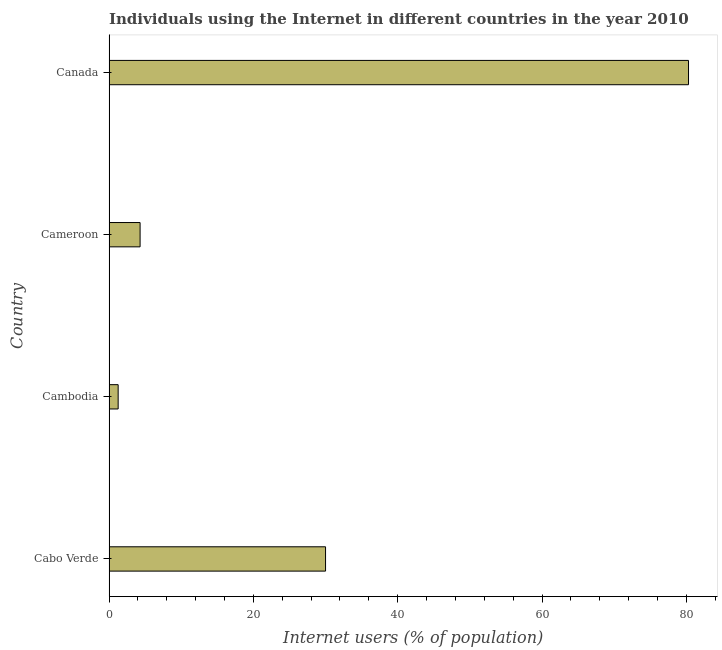
| Country | Internet users |
 | --- | --- |
 | Cabo Verde | 30 |
 | Cambodia | 1.26 |
 | Cameroon | 4.3 |
 | Canada | 80.3 |